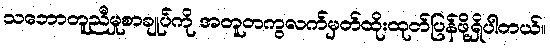
သဘောတူညီမှုစာချုပ်ကို အတူတကွလက်မှတ်ထိုးထုတ်ပြန်ဖို့ရှိပါတယ်။